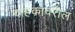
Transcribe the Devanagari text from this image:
वाहकावरील